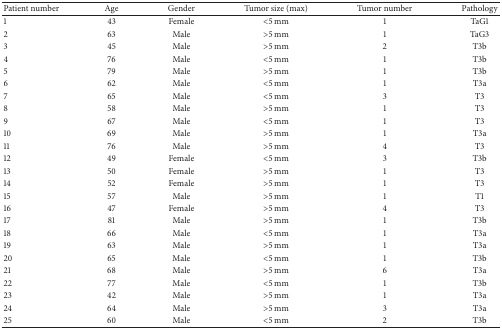
<table><thead><tr><td><b>Patient number</b></td><td><b>Age</b></td><td><b>Gender</b></td><td><b>Tumor size (max)</b></td><td><b>Tumor number</b></td><td><b>Pathology</b></td></tr></thead><tbody><tr><td>1</td><td>43</td><td>Female</td><td>&lt;5 mm</td><td>1</td><td>TaG1</td></tr><tr><td>2</td><td>63</td><td>Male</td><td>&gt;5 mm</td><td>1</td><td>TaG3</td></tr><tr><td>3</td><td>45</td><td>Male</td><td>&gt;5 mm</td><td>2</td><td>T3b</td></tr><tr><td>4</td><td>76</td><td>Male</td><td>&lt;5 mm </td><td>1</td><td>T3b</td></tr><tr><td>5</td><td>79</td><td>Male</td><td>&gt;5 mm</td><td>1</td><td>T3b</td></tr><tr><td>6</td><td>62</td><td>Male</td><td>&lt;5 mm</td><td>1</td><td>T3a</td></tr><tr><td>7</td><td>65</td><td>Male</td><td>&lt;5 mm</td><td>3</td><td>T3</td></tr><tr><td>8</td><td>58</td><td>Male</td><td>&gt;5 mm</td><td>1</td><td>T3</td></tr><tr><td>9</td><td>67</td><td>Male</td><td>&lt;5 mm</td><td>1</td><td>T3</td></tr><tr><td>10</td><td>69</td><td>Male</td><td>&gt;5 mm</td><td>1</td><td>T3a</td></tr><tr><td>11</td><td>76</td><td>Male</td><td>&gt;5 mm</td><td>4</td><td>T3</td></tr><tr><td>12</td><td>49</td><td>Female</td><td>&lt;5 mm</td><td>3</td><td>T3b</td></tr><tr><td>13</td><td>50</td><td>Female</td><td>&gt;5 mm</td><td>1</td><td>T3</td></tr><tr><td>14</td><td>52</td><td>Female</td><td>&gt;5 mm</td><td>1</td><td>T3</td></tr><tr><td>15</td><td>57</td><td>Male</td><td>&gt;5 mm</td><td>1</td><td>T1</td></tr><tr><td>16</td><td>47</td><td>Female</td><td>&gt;5 mm</td><td>4</td><td>T3</td></tr><tr><td>17</td><td>81</td><td>Male</td><td>&gt;5 mm</td><td>1</td><td>T3b</td></tr><tr><td>18</td><td>66</td><td>Male</td><td>&lt;5 mm</td><td>1</td><td>T3a</td></tr><tr><td>19</td><td>63</td><td>Male</td><td>&gt;5 mm</td><td>1</td><td>T3a</td></tr><tr><td>20</td><td>65</td><td>Male</td><td>&lt;5 mm</td><td>1</td><td>T3b</td></tr><tr><td>21</td><td>68</td><td>Male</td><td>&gt;5 mm</td><td>6</td><td>T3a</td></tr><tr><td>22</td><td>77</td><td>Male</td><td>&lt;5 mm</td><td>1</td><td>T3b</td></tr><tr><td>23</td><td>42</td><td>Male</td><td>&gt;5 mm</td><td>1</td><td>T3a</td></tr><tr><td>24</td><td>64</td><td>Male</td><td>&gt;5 mm</td><td>3</td><td>T3a</td></tr><tr><td>25</td><td>60</td><td>Male</td><td>&lt;5 mm</td><td>2</td><td>T3b</td></tr></tbody></table>